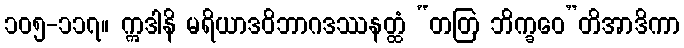
၁၀၅-၁၁၇။ ဣဒါနိ မရိယာဒဝိဘာဂဒဿနတ္ထံ “တတြ ဘိက္ခဝေ”တိအာဒိကာ